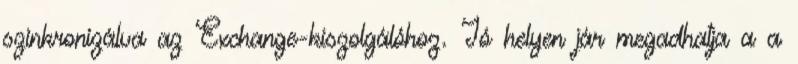
szinkronizálva az Exchange-kiszolgálóhoz. Jó helyen jár megadhatja a a